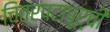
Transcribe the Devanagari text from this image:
चित्रपटापूर्वी